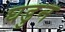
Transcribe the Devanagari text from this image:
घडुन